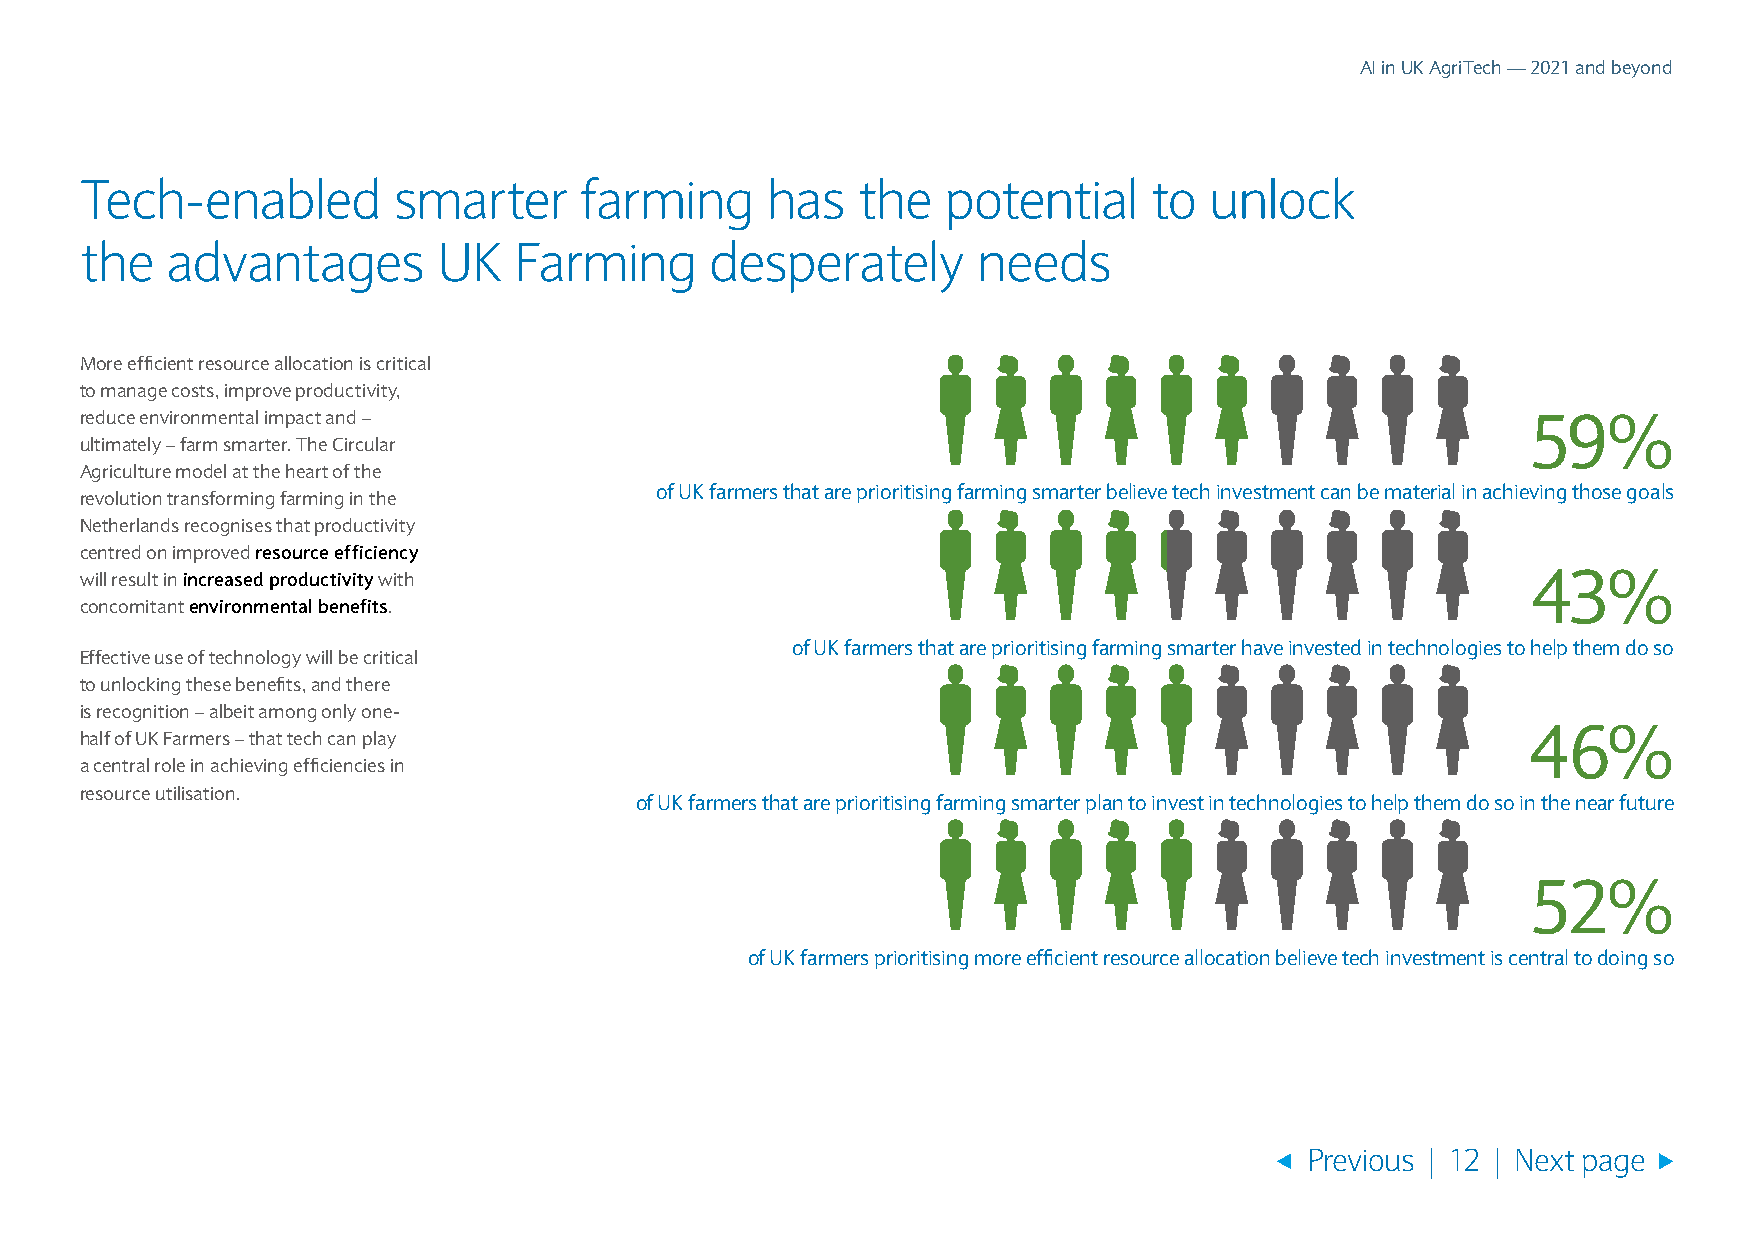
AI in UK AgriTech — 2021 and beyond
 Tech-enabled         smarter     farming      has   the   potential    to  unlock
 the   advantages        UK   Farming      desperately       needs
 More efficient resource allocation is critical
 to manage costs, improve productivity,
 reduce environmental impact and –                                                               59%
 ultimately – farm smarter. The Circular
 Agriculture model at the heart of the
 of UK farmers that are prioritising farming smarter believe tech investment can be material in achieving those goals
 revolution transforming farming in the
 Netherlands recognises that productivity
 centred on improved resource efficiency
 will result in increased productivity with                                                      43%
 concomitant environmental benefits.
 of UK farmers that are prioritising farming smarter have invested in technologies to help them do so
 Effective use of technology will be critical
 to unlocking these benefits, and there
 is recognition – albeit among only one-
 46%
 half of UK Farmers – that tech can play
 a central role in achieving efficiencies in
 resource utilisation.
 of UK farmers that are prioritising farming smarter plan to invest in technologies to help them do so in the near future
 52%
 of UK farmers prioritising more efficient resource allocation believe tech investment is central to doing so
 Previous | 12 | Next page